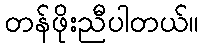
တန်ဖိုးညီပါတယ်။